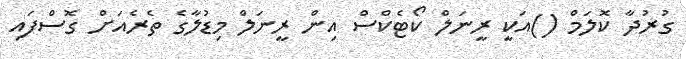
ގުރުދާ ކޮލަމް ()އަކީ ރީނަލް ކޯޓެކްސް އިން ރީނަލް މިޑުލާގެ ތެރެއަށް ގޮސްފައި